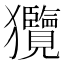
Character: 𤣟